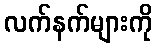
လက်နက်များကို